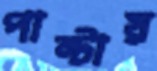
পাল্টায়